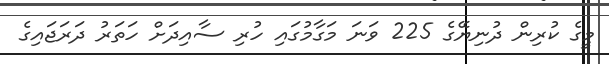
މީގެ ކުރިން ދުނިޔޭގެ 225 ވަނަ މަގާމުގައި ހުރި ސާއިދަށް ހަތަރު ދަރަޖައިގެ